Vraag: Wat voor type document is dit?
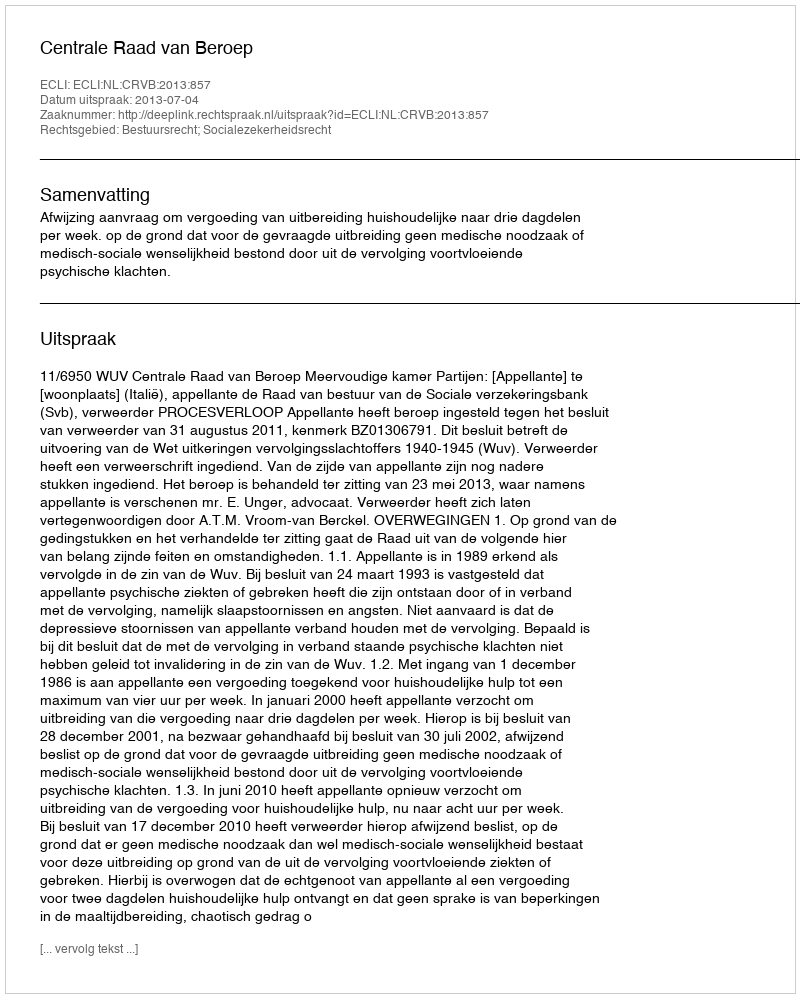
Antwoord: Uitspraak